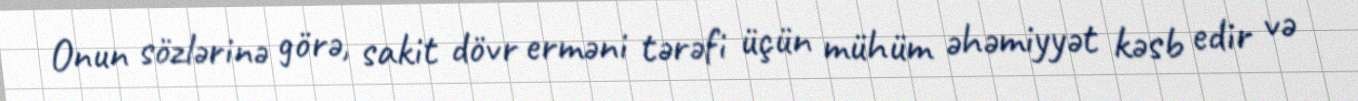
Onun sözlərinə görə, sakit dövr erməni tərəfi üçün mühüm əhəmiyyət kəsb edir və